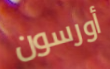
أورسون